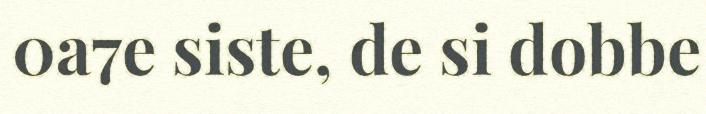
0a7e siste, de si dobbe